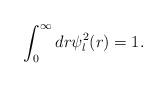
LaTeX: \begin{align*}\displaystyle\int^\infty_0 dr \psi ^2_l (r) = 1.\end{align*}